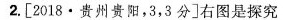
2.[2018·贵州贵阳，3，3分]右图是探究